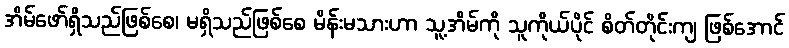
အိမ်ဖော်ရှိသည်ဖြစ်စေ၊ မရှိသည်ဖြစ်စေ မိန်းမသားဟာ သူ့အိမ်ကို သူကိုယ်ပိုင် စိတ်တိုင်းကျ ဖြစ်အောင်